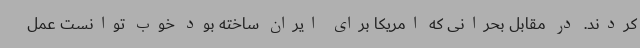
کردند. در مقابل بحرانی که امریکا برای ایران ساخته بود خوب توانست عمل